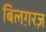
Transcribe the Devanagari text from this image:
बिलग़रज़